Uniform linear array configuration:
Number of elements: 4
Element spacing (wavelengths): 0.25
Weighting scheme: binomial
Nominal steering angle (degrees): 45
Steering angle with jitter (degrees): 43.933
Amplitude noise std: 0.05
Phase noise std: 0.05

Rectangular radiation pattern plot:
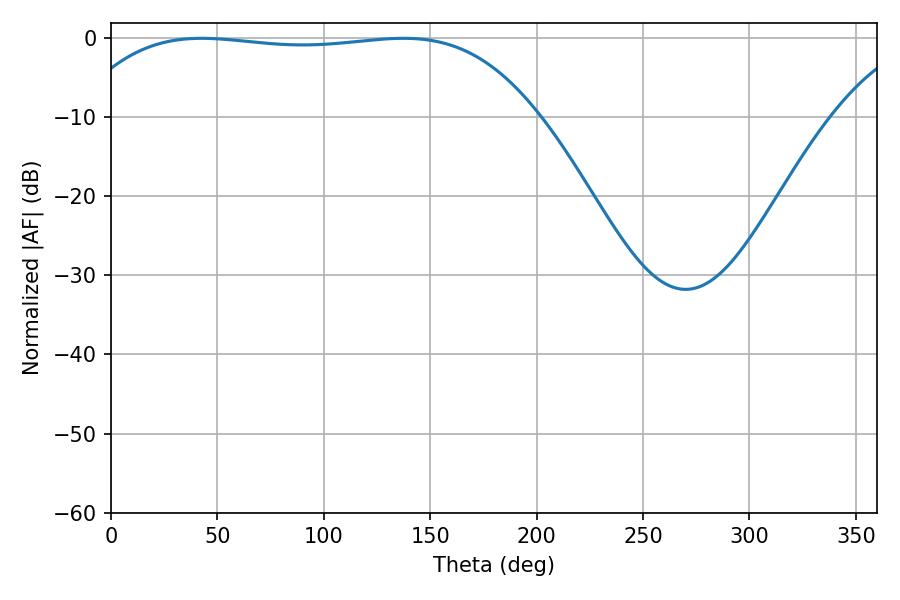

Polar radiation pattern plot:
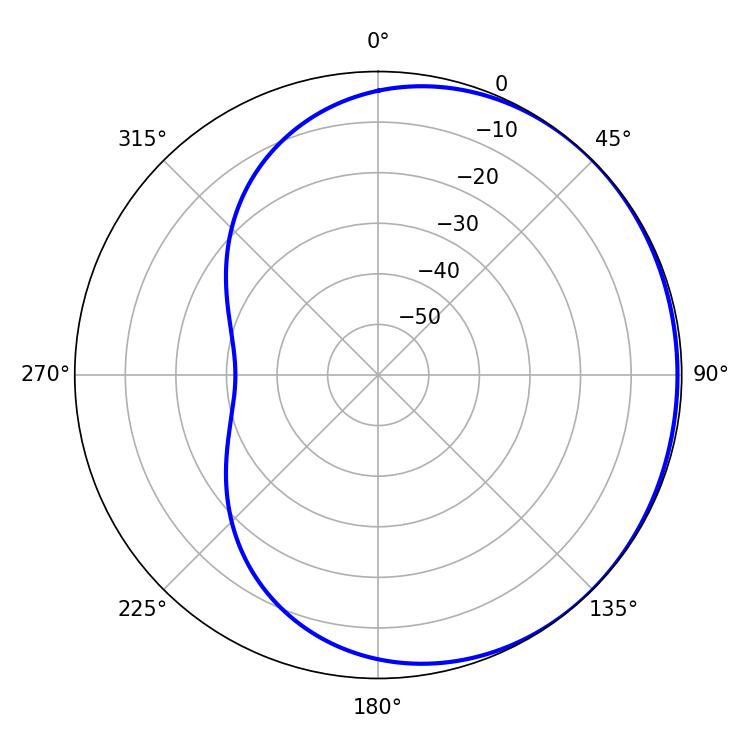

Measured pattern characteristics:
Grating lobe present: FALSE
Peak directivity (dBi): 0.5924
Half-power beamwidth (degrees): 171.72
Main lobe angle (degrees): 42.66